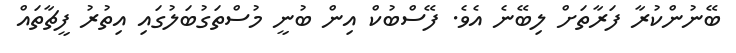
ބޭނުންކުރާ ފަރާތަށް ލިބޭނެ އެވެ. ފޭސްބުކް އިން ބުނީ މުސްތަގުބަލުގައި އިތުރު ފީޗާތައް